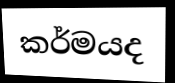
කර්මයද